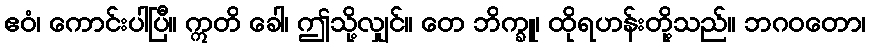
ဧဝံ၊ ကောင်းပါပြီ။ ဣတိ ခေါ၊ ဤသို့လျှင်။ တေ ဘိက္ခူ၊ ထိုရဟန်းတို့သည်။ ဘဂဝတော၊